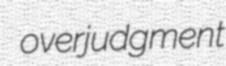
overjudgment